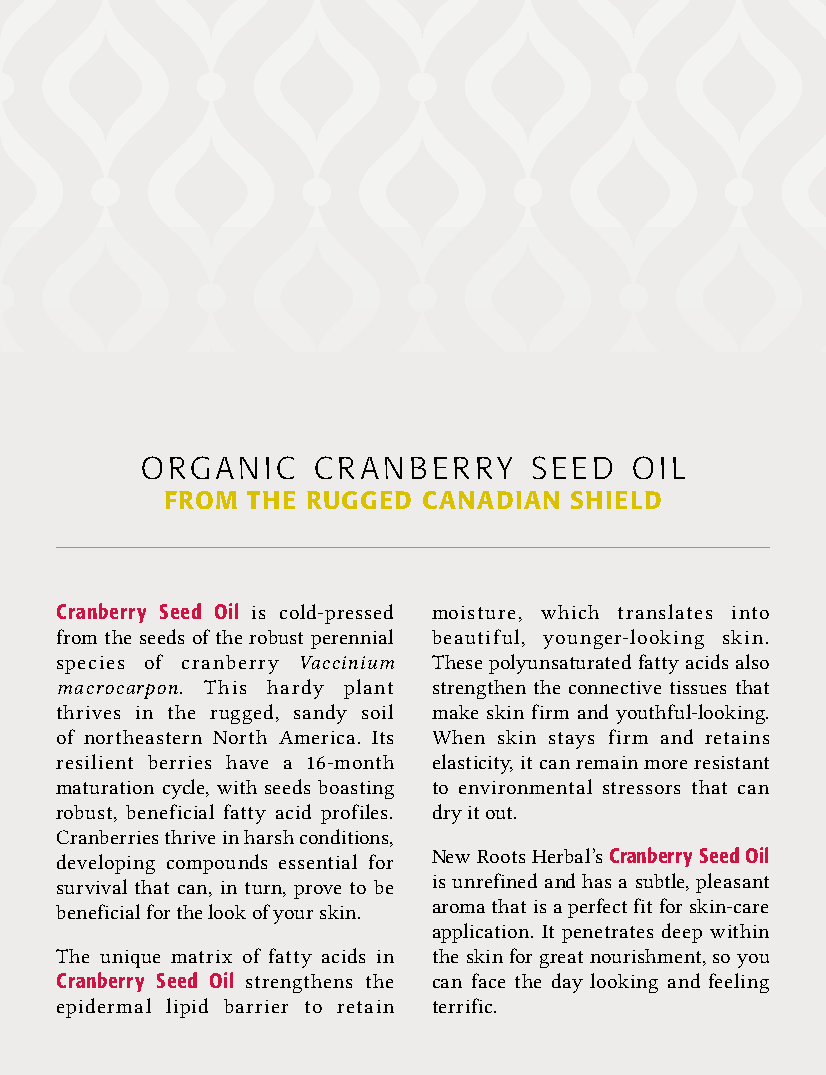
ORGANIC     CRANBERRY     SEED   OIL
 FROM THE RUGGED  CANADIAN  SHIELD
 Cranberry Seed Oil is cold-pressed moisture, which translates into
 from the seeds of the robust perennial beautiful, younger-looking skin.
 species of cranberry Vaccinium These polyunsaturated fatty acids also
 macrocarpon. This hardy plant strengthen the connective tissues that
 thrives in the rugged, sandy soil make skin firm and youthful-looking.
 of northeastern North America. Its When skin stays firm and retains
 resilient berries have a 16-month elasticity, it can remain more resistant
 maturation cycle, with seeds boasting to environmental stressors that can
 robust, beneficial fatty acid profiles. dry it out.
 Cranberries thrive in harsh conditions,
 developing compounds essential for New Roots Herbal’s Cranberry Seed Oil
 survival that can, in turn, prove to be is unrefined and has a subtle, pleasant
 beneficial for the look of your skin. aroma that is a perfect fit for skin-care
 application. It penetrates deep within
 The unique matrix of fatty acids in the skin for great nourishment, so you
 Cranberry Seed Oil strengthens the can face the day looking and feeling
 epidermal lipid barrier to retain terrific.